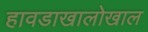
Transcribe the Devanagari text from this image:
हावडाखालोखाल